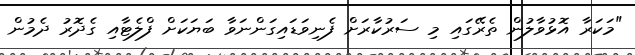
"މަކަރާ އޮޅުވާލުން ތެރޭގައި މި ސަރުކާރަށް ފެނިވަޑައިގަންނަވާ ބަޔަކަށް ފްލެޓާއި ގެދޮރު ދެމުން